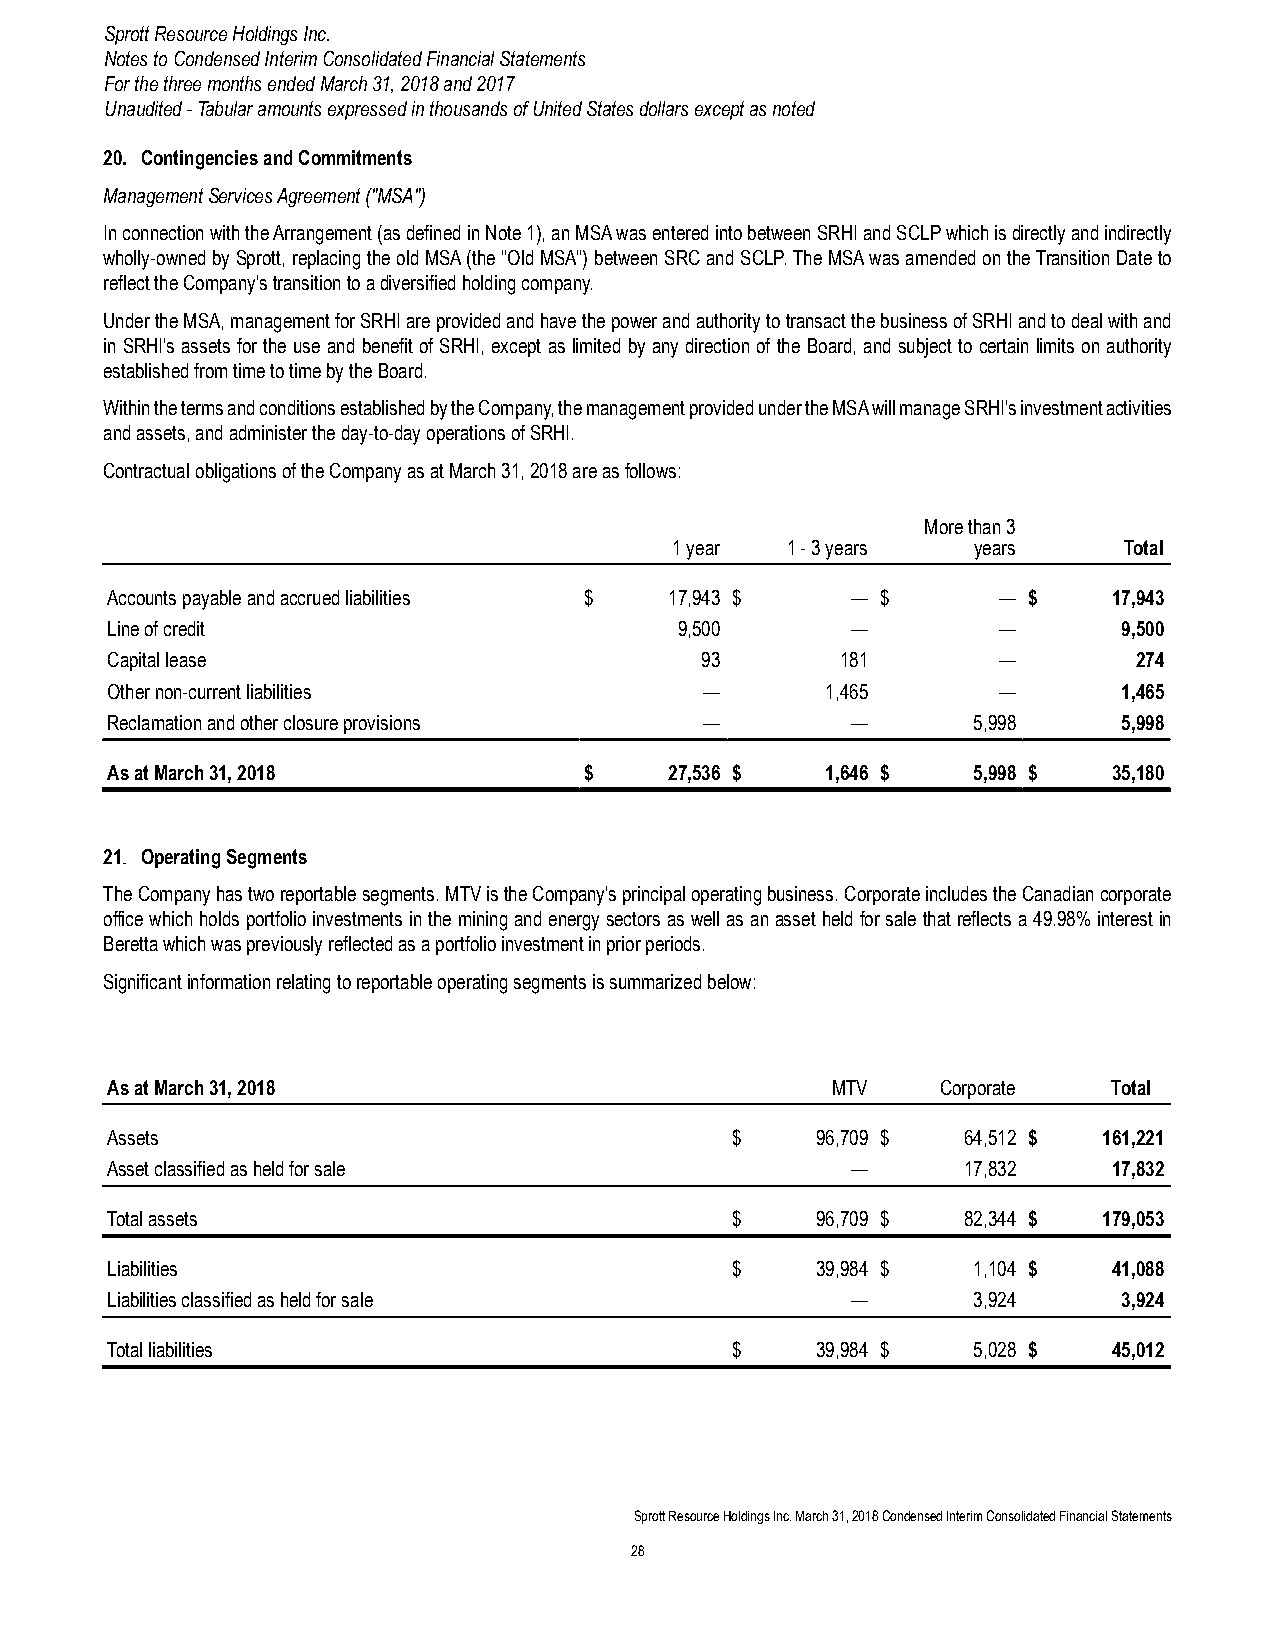
Sprott Resource Holdings Inc.
 Notes to Condensed Interim Consolidated Financial Statements
 For the three months ended March 31, 2018 and 2017
 Unaudited - Tabular amounts expressed in thousands of United States dollars except as noted
 20. Contingencies and Commitments
 Management Services Agreement ("MSA")
 In connection with the Arrangement (as defined in Note 1), an MSA was entered into between SRHI and SCLP which is directly and indirectly
 wholly-owned by Sprott, replacing the old MSA (the "Old MSA") between SRC and SCLP. The MSA was amended on the Transition Date to
 reflect the Company's transition to a diversified holding company.
 Under the MSA, management for SRHI are provided and have the power and authority to transact the business of SRHI and to deal with and
 in SRHI's assets for the use and benefit of SRHI, except as limited by any direction of the Board, and subject to certain limits on authority
 established from time to time by the Board.
 Within the terms and conditions established by the Company, the management provided under the MSA will manage SRHI's investment activities
 and assets, and administer the day-to-day operations of SRHI.
 Contractual obligations of the Company as at March 31, 2018 are as follows:
 More than 3
 1 year 1 - 3 years years     Total
 Accounts payable and accrued liabilities $ 17,943 $ — $    — $     17,943
 Line of credit                        9,500      —         —       9,500
 Capital lease                          93        181       —        274
 Other non-current liabilities           —       1,465      —       1,465
 Reclamation and other closure provisions —       —       5,998     5,998
 As at March 31, 2018            $    27,536 $   1,646 $  5,998 $   35,180
 21. Operating Segments
 The Company has two reportable segments. MTV is the Company's principal operating business. Corporate includes the Canadian corporate
 office which holds portfolio investments in the mining and energy sectors as well as an asset held for sale that reflects a 49.98% interest in
 Beretta which was previously reflected as a portfolio investment in prior periods.
 Significant information relating to reportable operating segments is summarized below:
 As at March 31, 2018                            MTV    Corporate   Total
 Assets                                   $     96,709 $  64,512 $ 161,221
 Asset classified as held for sale                —       17,832    17,832
 Total assets                             $     96,709 $  82,344 $ 179,053
 Liabilities                              $     39,984 $  1,104 $   41,088
 Liabilities classified as held for sale          —       3,924     3,924
 Total liabilities                        $     39,984 $  5,028 $   45,012
 Sprott Resource Holdings Inc. March 31, 2018 Condensed Interim Consolidated Financial Statements
 28